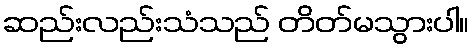
ဆည်းလည်းသံသည် တိတ်မသွားပါ။